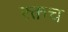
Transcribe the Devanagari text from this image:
रक्तच